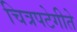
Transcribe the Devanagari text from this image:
चित्रपटेगीते